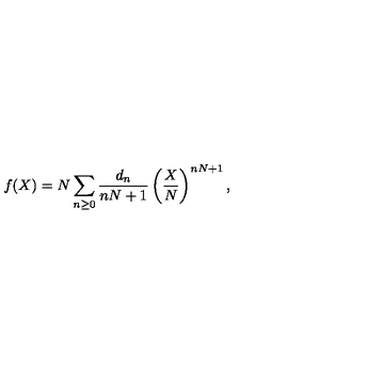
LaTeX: f ( X ) = N \sum _ { n \ge 0 } { \frac { d _ { n } } { n N + 1 } } \left( \frac { X } { N } \right) ^ { n N + 1 } ,